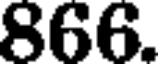
866.